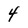
Character: 4